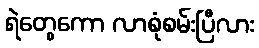
ရဲတွေကော လာစုံစမ်းပြီလား